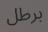
برطل